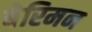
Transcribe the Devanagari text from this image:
बेरिमन